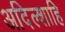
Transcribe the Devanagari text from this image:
अदिल्शाहि